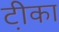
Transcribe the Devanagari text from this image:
टी़का